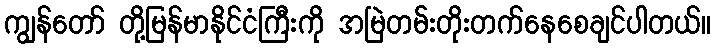
ကျွန်တော် တို့မြန်မာနိုင်ငံကြီးကို အမြဲတမ်းတိုးတက်နေစေချင်ပါတယ်။